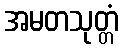
အမတသုတ္တံ